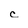
Character: c